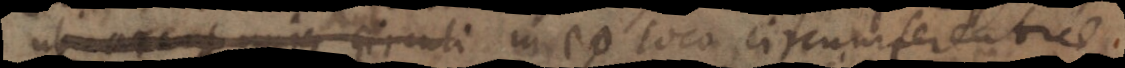
ub arcus unique circuli in eo loco circumferentiae.